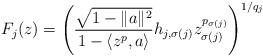
LaTeX: \begin{align*}F_j(z)=\left(\frac{\sqrt{1-\|a\|^2}}{1-\langle z^p,a\rangle}h_{j,\sigma(j)}z_{\sigma(j)}^{p_{\sigma(j)}}\right)^{1/q_j}\end{align*}